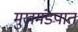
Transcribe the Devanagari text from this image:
मुखमंडपात